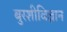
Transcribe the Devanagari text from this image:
बुरशीविज्ञान